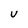
Character: u